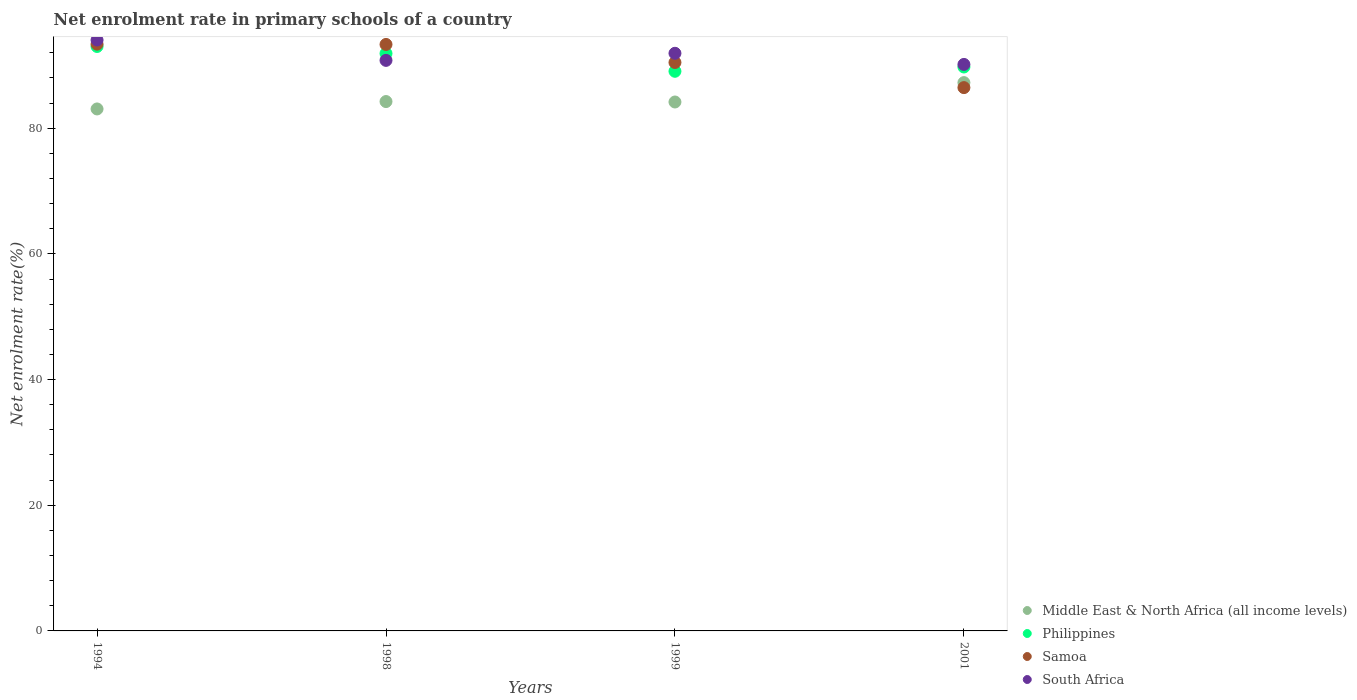
| Years | Middle East & North Africa (all income levels) | Philippines | Samoa | South Africa |
 | --- | --- | --- | --- | --- |
 | 1994 | 83.1 | 93 | 93.4 | 94 |
 | 1998 | 84.2 | 91.9 | 93.3 | 90.8 |
 | 1999 | 84.2 | 89.1 | 90.5 | 91.9 |
 | 2001 | 87.3 | 89.7 | 86.5 | 90.1 |